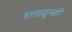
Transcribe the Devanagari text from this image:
हाताळूनही